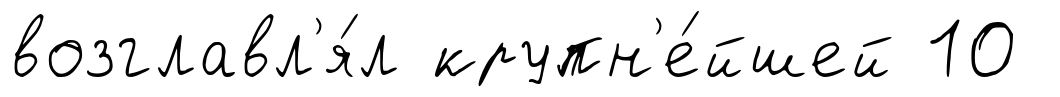
возглавл'я́л крупн'е́йшей 10